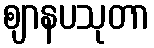
ဈာနပသုတာ